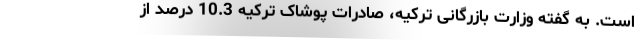
است. به گفته وزارت بازرگانی ترکیه، صادرات پوشاک ترکیه 10.3 درصد از